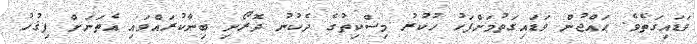
ވަޑައިގަތެވެ. ޙައްޖުން ވަޑައިގަތުމަށްފަހު ހުކުރު މިސްކިތުގެ ދެކުނު ދޮރޯށި ބިނާކުރައްވައި އެތަނަށް ފިޤުހު